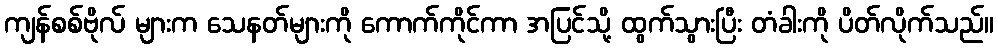
ကျန်စစ်ဗိုလ် များက သေနတ်များကို ကောက်ကိုင်ကာ အပြင်သို့ ထွက်သွားပြီး တံခါးကို ပိတ်လိုက်သည်။